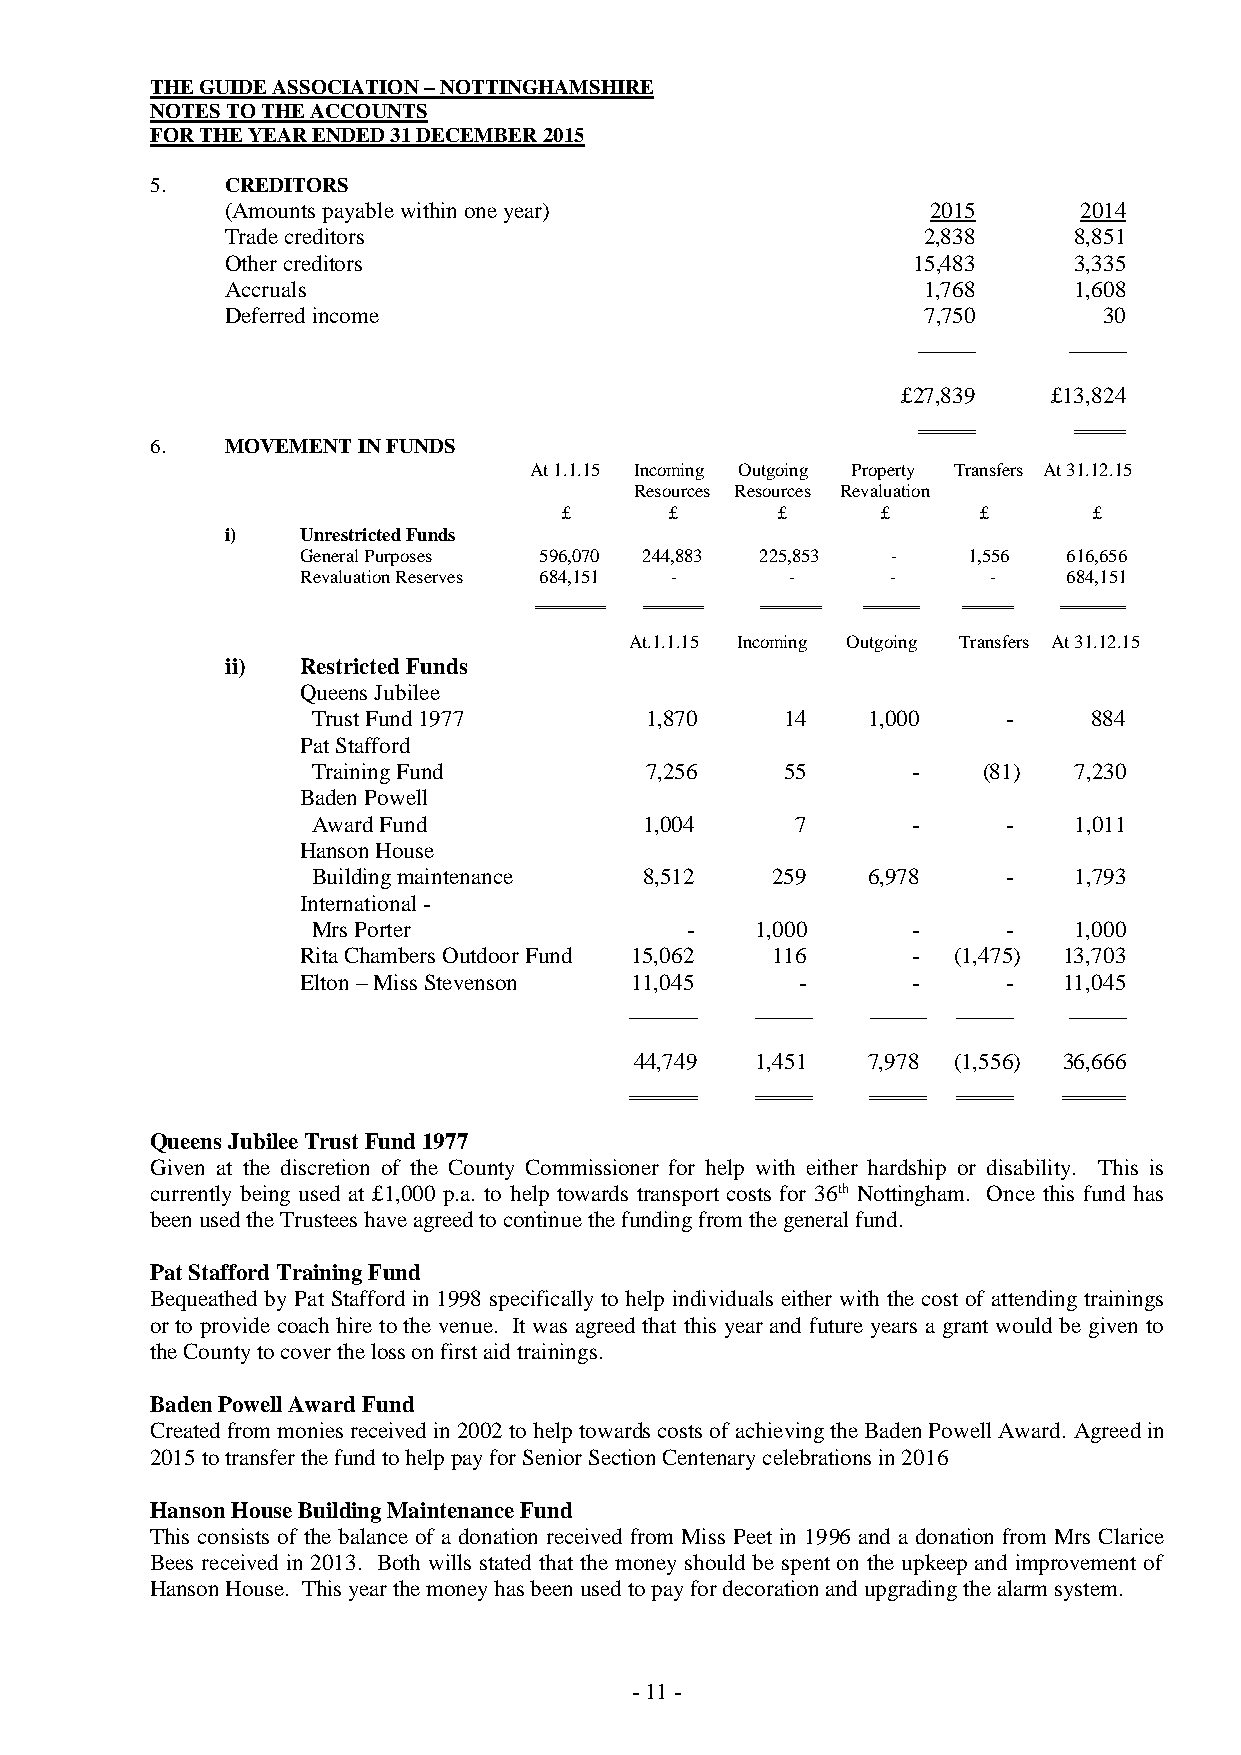
THE GUIDE ASSOCIATION – NOTTINGHAMSHIRE
 NOTES TO THE ACCOUNTS
 FOR THE YEAR ENDED 31 DECEMBER 2015
 5.   CREDITORS
 (Amounts payable within one year)              2015     2014
 Trade creditors                               2,838     8,851
 Other creditors                              15,483     3,335
 Accruals                                      1,768     1,608
 Deferred income                               7,750       30
 _____     _____
 £27,839   £13,824
 6.   MOVEMENT IN FUNDS
 At 1.1.15 Incoming Outgoing Property Transfers At 31.12.15
 Resources Resources Revaluation
 £      £       £     £      £      £
 i)   Unrestricted Funds
 General Purposes 596,070 244,883 225,853 -  1,556  616,656
 Revaluation Reserves 684,151 -  -      -     -     684,151
 At.1.1.15 Incoming Outgoing Transfers At 31.12.15
 ii)  Restricted Funds
 Queens Jubilee
 Trust Fund 1977       1,870    14   1,000     -    884
 Pat Stafford
 Training Fund         7,256    55      -    (81)  7,230
 Baden Powell
 Award Fund            1,004     7      -      -   1,011
 Hanson House
 Building maintenance  8,512   259   6,978     -   1,793
 International -
 Mrs Porter              -    1,000     -      -   1,000
 Rita Chambers Outdoor Fund 15,062 116   -  (1,475) 13,703
 Elton – Miss Stevenson 11,045    -      -      -  11,045
 ______  _____   _____ _____  _____
 44,749  1,451  7,978 (1,556) 36,666
 Queens Jubilee Trust Fund 1977
 Given at the discretion of the County Commissioner for help with either hardship or disability. This is
 currently being used at £1,000 p.a. to help towards transport costs for 36th Nottingham. Once this fund has
 been used the Trustees have agreed to continue the funding from the general fund.
 Pat Stafford Training Fund
 Bequeathed by Pat Stafford in 1998 specifically to help individuals either with the cost of attending trainings
 or to provide coach hire to the venue. It was agreed that this year and future years a grant would be given to
 the County to cover the loss on first aid trainings.
 Baden Powell Award Fund
 Created from monies received in 2002 to help towards costs of achieving the Baden Powell Award. Agreed in
 2015 to transfer the fund to help pay for Senior Section Centenary celebrations in 2016
 Hanson House Building Maintenance Fund
 This consists of the balance of a donation received from Miss Peet in 1996 and a donation from Mrs Clarice
 Bees received in 2013. Both wills stated that the money should be spent on the upkeep and improvement of
 Hanson House. This year the money has been used to pay for decoration and upgrading the alarm system.
 - 11 -